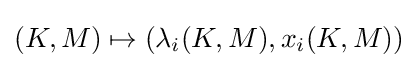
(K,M)\mapsto (\lambda _{i}(K,M),x_{i}(K,M))